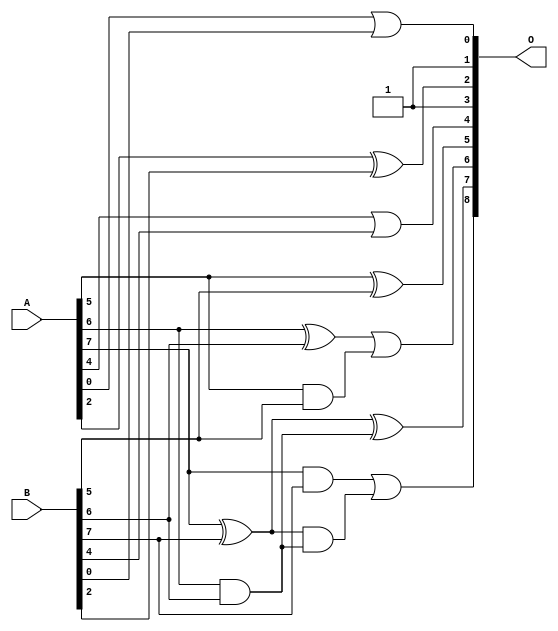
/***
* This code is a part of EvoApproxLib library (ehw.fit.vutbr.cz/approxlib) distributed under The MIT License.
* When used, please cite the following article(s): V. Mrazek, L. Sekanina, Z. Vasicek "Libraries of Approximate Circuits: Automated Design and Application in CNN Accelerators" IEEE Journal on Emerging and Selected Topics in Circuits and Systems, Vol 10, No 4, 2020 
* This file contains a circuit from a sub-set of pareto optimal circuits with respect to the pwr and ep parameters
***/
// MAE% = 3.20 %
// MAE = 16 
// WCE% = 19.34 %
// WCE = 99 
// WCRE% = 1000.00 %
// EP% = 89.23 %
// MRE% = 7.47 %
// MSE = 745 
// PDK45_PWR = 0.0092 mW
// PDK45_AREA = 35.2 um2
// PDK45_DELAY = 0.17 ns


module add8u_8BB(A, B, O);
  input [7:0] A, B;
  output [8:0] O;
  wire sig_39, sig_42, sig_43, sig_44, sig_47, sig_48;
  wire sig_49, sig_50;
  assign O[2] = A[2] ^ B[2];
  assign O[4] = A[4] | B[4];
  assign O[0] = A[0] | B[0];
  assign O[1] = 1'b1;
  assign O[5] = A[5] ^ B[5];
  assign sig_39 = A[5] & B[5];
  assign sig_42 = sig_39;
  assign sig_43 = A[6] ^ B[6];
  assign sig_44 = A[6] & B[6];
  assign O[6] = sig_43 | sig_42;
  assign sig_47 = sig_44;
  assign sig_48 = A[7] ^ B[7];
  assign sig_49 = A[7] & B[7];
  assign sig_50 = sig_48 & sig_47;
  assign O[7] = sig_48 ^ sig_47;
  assign O[8] = sig_49 | sig_50;
  assign O[3] = O[1];
endmodule